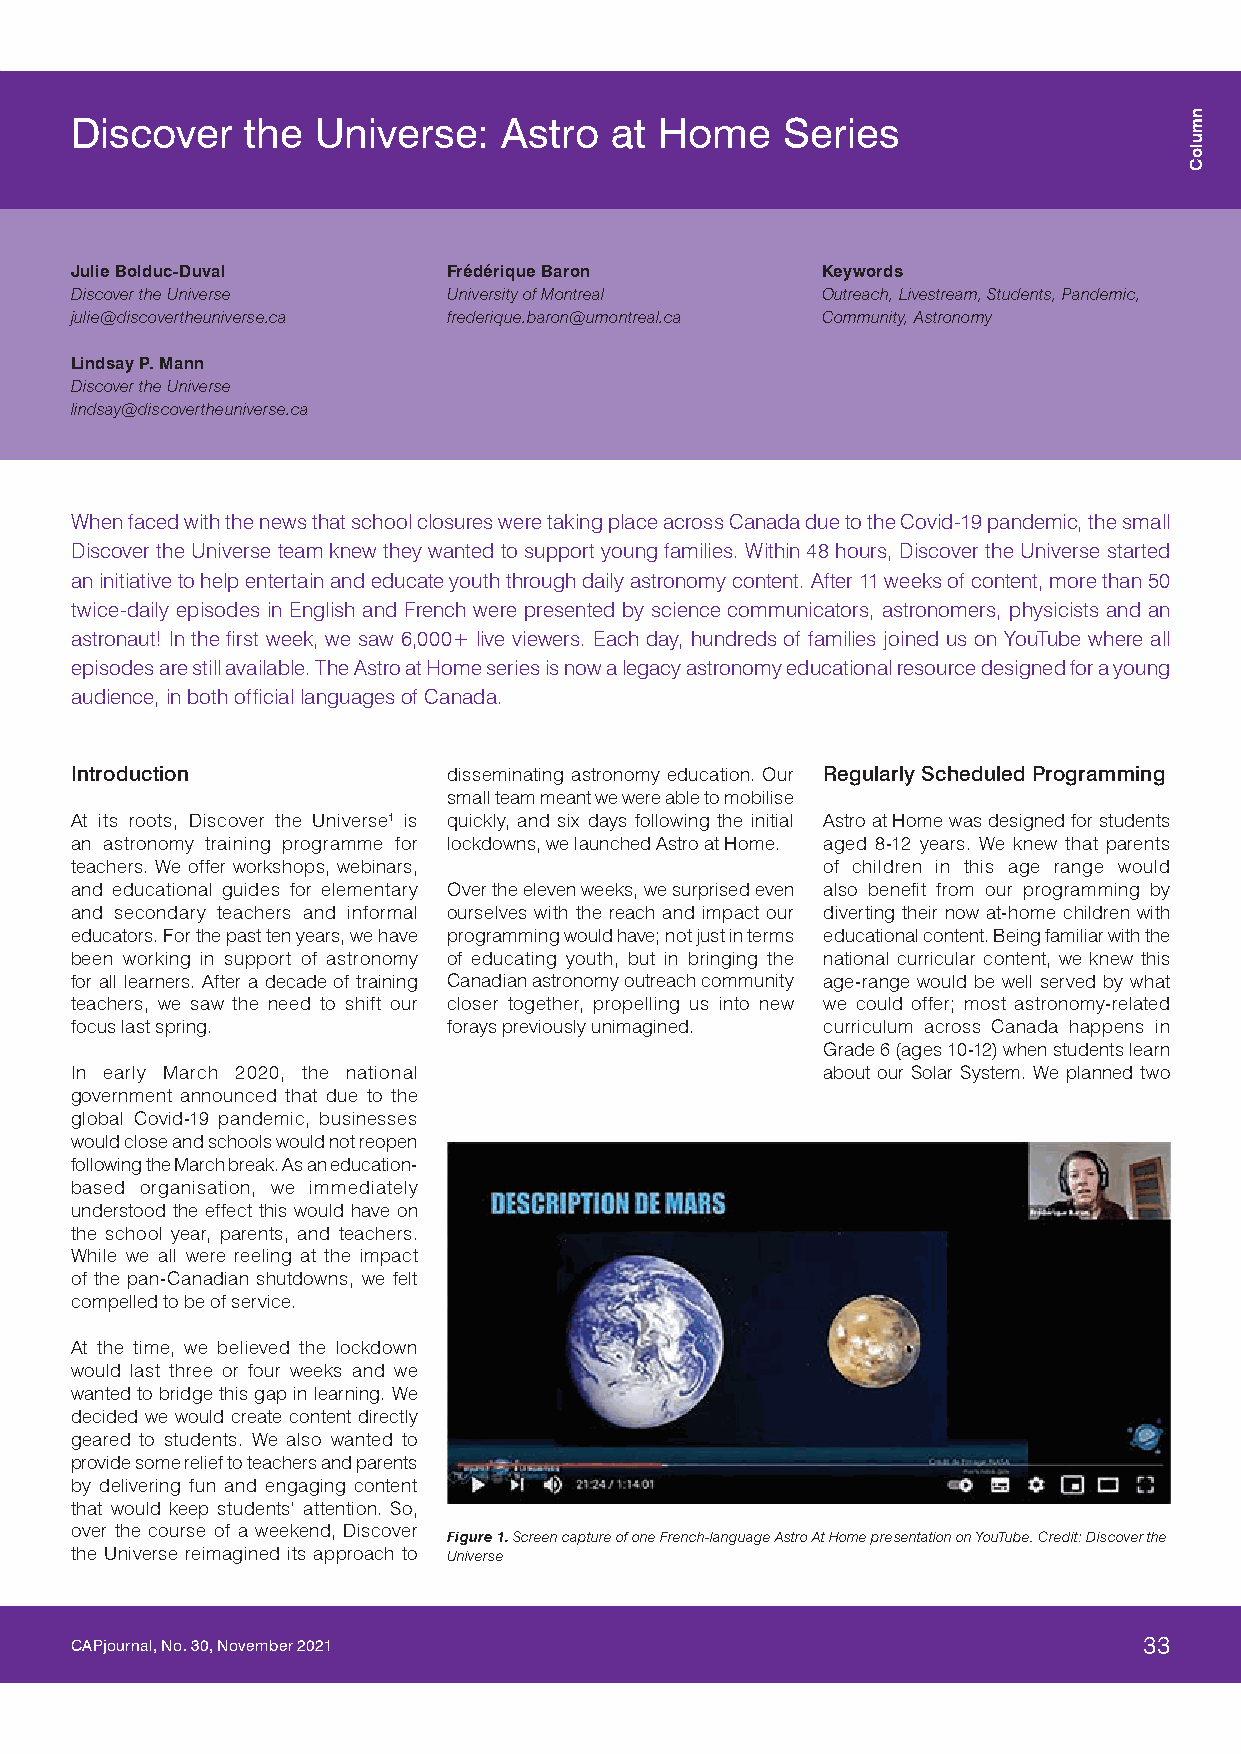
Discover   the  Universe:   Astro  at  Home    Series
 Julie Bolduc-Duval       Frédérique Baron        Keywords
 Discover the Universe    University of Montreal  Outreach, Livestream, Students, Pandemic,
 julie@discovertheuniverse.ca frederique.baron@umontreal.ca Community, Astronomy
 Lindsay P. Mann
 Discover the Universe
 lindsay@discovertheuniverse.ca
 When faced with the news that school closures were taking place across Canada due to the Covid-19 pandemic, the small
 Discover the Universe team knew they wanted to support young families. Within 48 hours, Discover the Universe started
 an initiative to help entertain and educate youth through daily astronomy content. After 11 weeks of content, more than 50
 twice-daily episodes in English and French were presented by science communicators, astronomers, physicists and an
 astronaut! In the fi rst week, we saw 6,000+ live viewers. Each day, hundreds of families joined us on YouTube where all
 episodes are still available. The Astro at Home series is now a legacy astronomy educational resource designed for a young
 audience, in both offi cial languages of Canada.
 Introduction             disseminating astronomy education. Our Regularly Scheduled Programming
 small team meant we were able to mobilise
 At its roots, Discover the Universe1 is quickly, and six days following the initial Astro at Home was designed for students
 an astronomy training programme for lockdowns, we launched Astro at Home. aged 8-12 years. We knew that parents
 teachers. We offer workshops, webinars,          of children in this age range would
 and educational guides for elementary Over the eleven weeks, we surprised even also benefi t from our programming by
 and secondary teachers and informal ourselves with the reach and impact our diverting their now at-home children with
 educators. For the past ten years, we have programming would have; not just in terms educational content. Being familiar with the
 been working in support of astronomy of educating youth, but in bringing the national curricular content, we knew this
 for all learners. After a decade of training Canadian astronomy outreach community age-range would be well served by what
 teachers, we saw the need to shift our closer together, propelling us into new we could offer; most astronomy-related
 focus last spring.       forays previously unimagined. curriculum across Canada happens in
 Grade 6 (ages 10-12) when students learn
 In early March 2020, the national                about our Solar System. We planned two
 government announced that due to the
 global Covid-19 pandemic, businesses
 would close and schools would not reopen
 following the March break. As an education-
 based organisation, we immediately
 understood the effect this would have on
 the school year, parents, and teachers.
 While we all were reeling at the impact
 of the pan-Canadian shutdowns, we felt
 compelled to be of service.
 At the time, we believed the lockdown
 would last three or four weeks and we
 wanted to bridge this gap in learning. We
 decided we would create content directly
 geared to students. We also wanted to
 provide some relief to teachers and parents
 by delivering fun and engaging content
 that would keep students’ attention. So,
 over the course of a weekend, Discover
 Figure 1. Screen capture of one French-language Astro At Home presentation on YouTube. Credit: Discover the
 the Universe reimagined its approach to Universe
 CAPjournal, No. 30, November 2021                                      33
 nmuloC